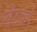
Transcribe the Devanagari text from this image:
सेंटबर्ग